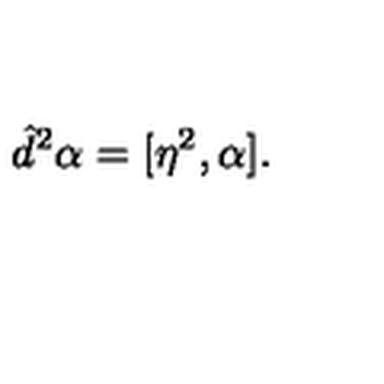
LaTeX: \hat { d } ^ { 2 } \alpha = [ \eta ^ { 2 } , \alpha ] .